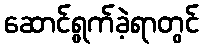
ဆောင်ရွက်ခဲ့ရာတွင်